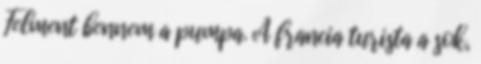
Felment bennem a pumpa. A francia turista a sok,